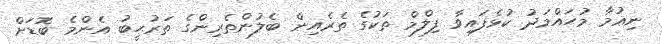
ނިޢުމާ މުޙައްމަދު ކުޅެފައިވާ ފިލްމް ތަކުގެ ތެރެއިން ބެލުންތެރިންގެ ތަރުޙީބު އެންމެ ބޮޑަށް